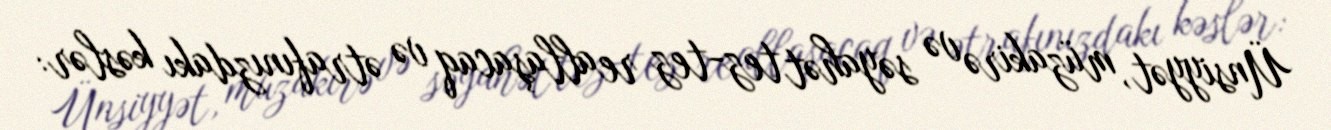
Ünsiyyət, müzakirə və səyahət tez-tez reallaşacaq və ətrafınızdakı kəslər: